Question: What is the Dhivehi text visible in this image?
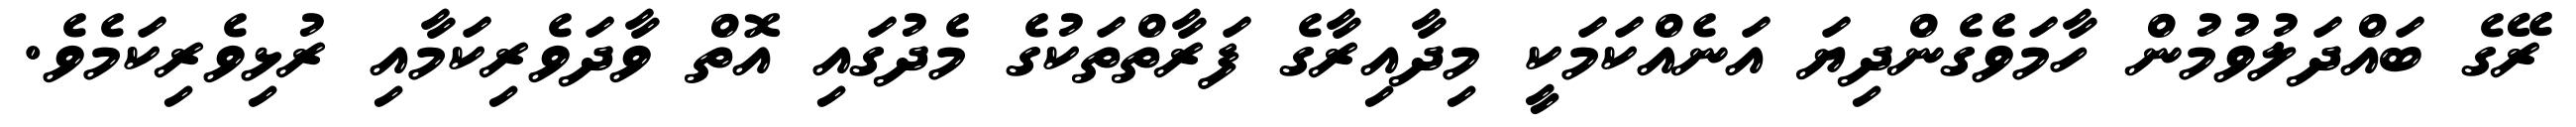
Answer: ރޭގެ ބައްދަލުވުމުން ހާމަވެގެންދިޔަ އަނެއްކަމަކީ މިދާއިރާގެ ފަރާތްތަކުގެ މެދުގައި އޮތް ވާދަވެރިކަމާއި ރުޅިވެރިކަމެވެ.